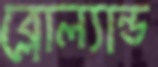
ব্লোল্যান্ড